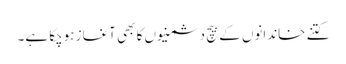
کتنے خاندانوں کے بیچ دشمنیوں کا بھی آغاز ہوچکا ہے۔